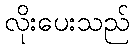
လိုးပေးသည်